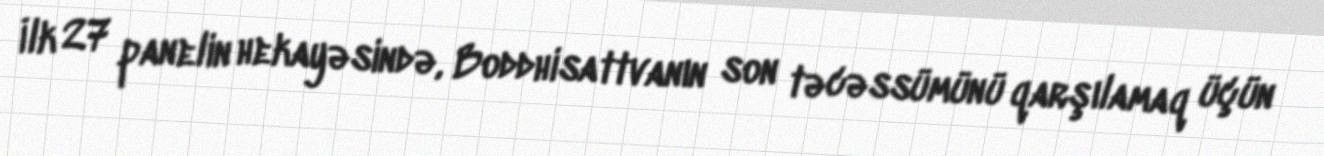
İlk 27 panelin hekayəsində, Boddhisattvanın son təcəssümünü qarşılamaq üçün